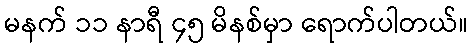
မနက် ၁၁ နာရီ ၄၅ မိနစ်မှာ ရောက်ပါတယ်။